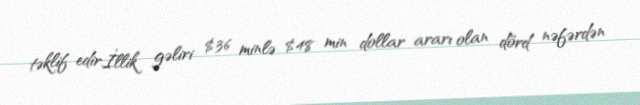
təklif edir.İllik gəliri $36 minlə $48 min dollar ararı olan dörd nəfərdən